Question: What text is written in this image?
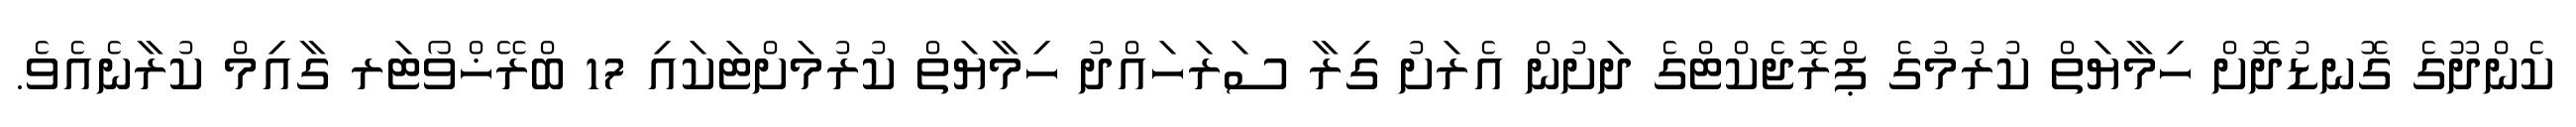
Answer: ކެންދޫގެ ގޮނޑުދޮށް ހިމާޔަތް ކުރުމުގެ ޕްރޮޖެކްޓްގެ ދަށުން އެރަށު ގިރާ ސަރަހައްދު ހިމާޔަތް ކުރުމަށްޓަކައި 17 ބްރޭޚްވޯޓަރ ގާއިމް ކުރާނެއެވެ.